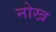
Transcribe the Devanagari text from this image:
नोख